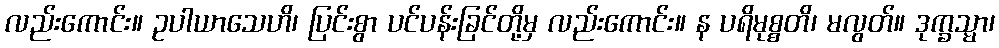
လည်းကောင်း။ ဥပါယာသေဟိ၊ ပြင်းစွာ ပင်ပန်းခြင်တို့မှ လည်းကောင်း။ န ပရိမုစ္စတိ၊ မလွတ်။ ဒုက္ခသ္မာ၊